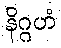
နိဂ္ဂဟံ